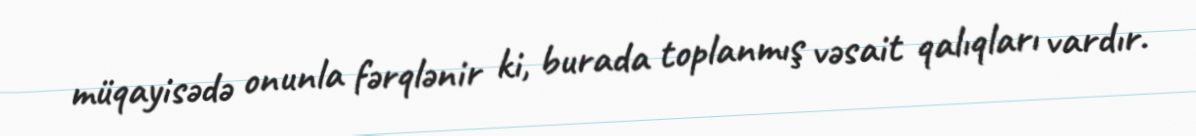
müqayisədə onunla fərqlənir ki, burada toplanmış vəsait qalıqları vardır.